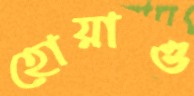
হোয়াও